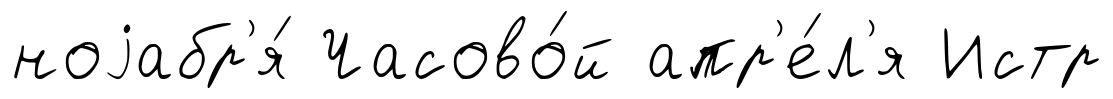
ноjабр'я́ Часово́й апр'е́л'я Истр